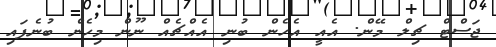
ޖަސްޓް ޗިލް މޭން. އެއީ އެހެން ބުނި އެއްޗެއް ނޫން މިހެން ބުނެފައި